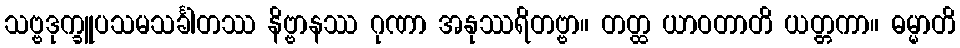
သဗ္ဗဒုက္ခူပသမသင်္ခါတဿ နိဗ္ဗာနဿ ဂုဏာ အနုဿရိတဗ္ဗာ။ တတ္ထ ယာဝတာတိ ယတ္တကာ။ ဓမ္မာတိ